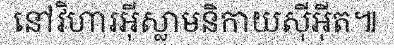
នៅវិហារអ៊ីស្លាមនិកាយស៊ីអ៊ីត៕